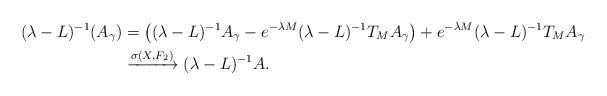
LaTeX: \begin{align*}(\lambda -L)^{-1}(A_{\gamma}) & = \left((\lambda -L)^{-1}A_{\gamma}-e^{-\lambda M}(\lambda -L)^{-1}T_MA_{\gamma} \right) +e^{-\lambda M}(\lambda -L)^{-1}T_MA_{\gamma} \\ & \xrightarrow{\sigma(X,F_2)} (\lambda -L)^{-1}A.\end{align*}